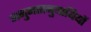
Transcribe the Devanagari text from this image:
मनुमतानुयायियों